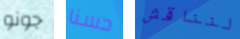
جونو حسنا لنناقش